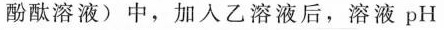
酚酞溶液)中，加入乙溶液后，溶液pH